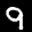
Label: 9